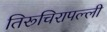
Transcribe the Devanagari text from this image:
तिरूचिरापल्‍ली